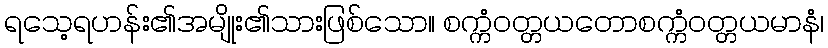
ရသေ့ရဟန်း၏အမျိုး၏သားဖြစ်သော။ စက္ကံဝတ္တယတောစက္ကံဝတ္တယမာနံ၊